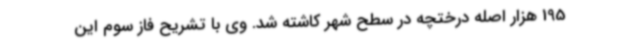
195 هزار اصله درختچه در سطح شهر کاشته شد. وی با تشریح فاز سوم این